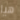
هيا